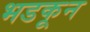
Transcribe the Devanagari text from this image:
भडकून